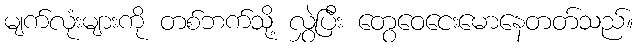
မျက်လုံးများကို တစ်ဘက်သို့ လွှဲပြီး တွေဝေငေးမောနေတတ်သည်။